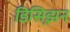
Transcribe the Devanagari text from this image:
डिसिझ़न